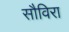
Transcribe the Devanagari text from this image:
सौविरा